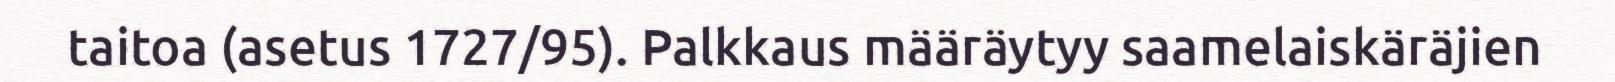
taitoa (asetus 1727/95). Palkkaus määräytyy saamelaiskäräjien